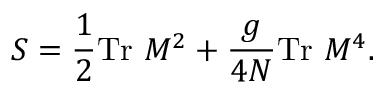
S = \frac { 1 } { 2 } \mathrm { T r ~ } M ^ { 2 } + \frac { g } { 4 N } \mathrm { T r ~ } M ^ { 4 } .